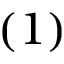
{ ( 1 ) }